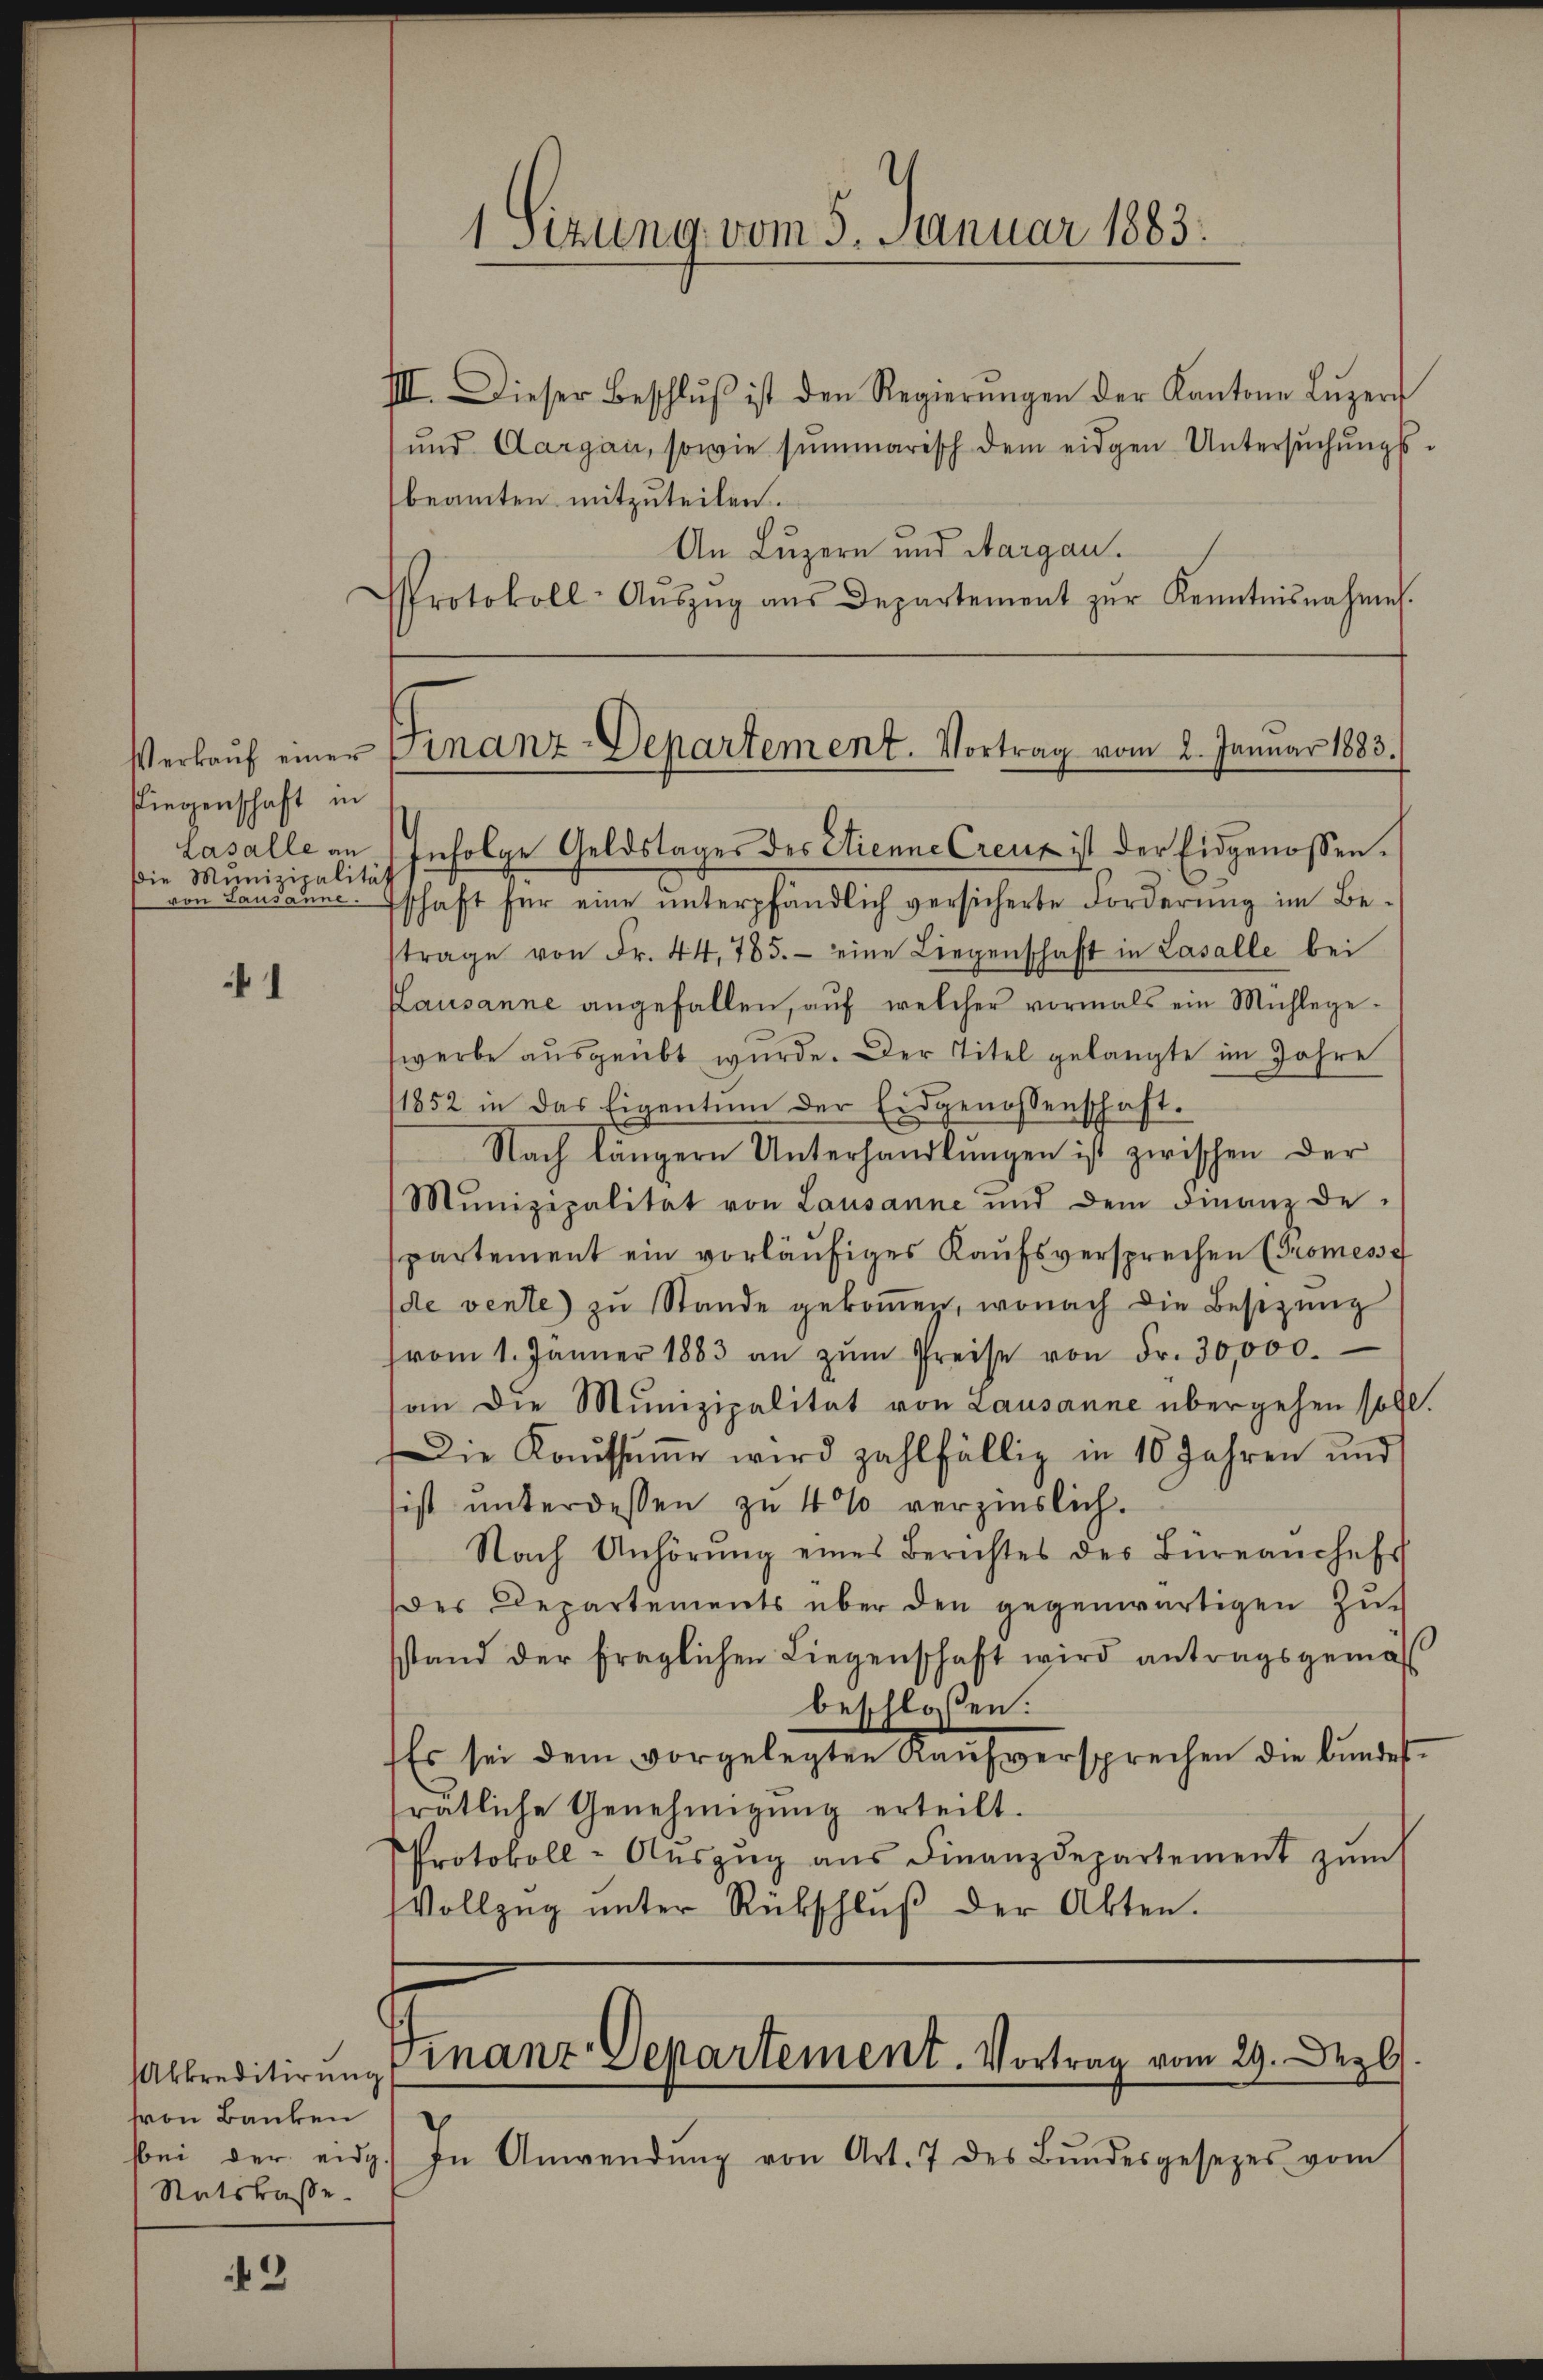
1sizung vom 5. Januar 1883.

III. Dieser Beschlŭβ ist den Regierŭngen der Kantone Lŭzer
und Aargau, sowie summarisch dem eidgen Untersŭchŭngs-
beamten mitzuteilen.
An Luzern und Margau.
Lasalle an Infolge Geldstages des Stienne Creuz ist der Eidgenossen.
von Lausanne. Eschaft für eine unterpfändlich versicherte Forderung im Betrage von Fr. 44. 785. eine Liegenschaft in Lasalle bei
Lausanne angefallen, aŭf welcher vormals ein Mühlege-
werbe ausgeübt wurde. Der Titel gelangte im Jahre
1852 in das Eigentum der Eidgenossenschaft.
Nach längern Unterhandlŭngen ist zwischen der
Munizipalität von Lausanne und dem Finanz de
spartement ein vorläufiges Kaufsversprechen (Promesse
de vente) zu Stande gekoṁen, wonach die Besizung
(vom 1. Jänner 1883 an zŭm Preise von Fr. 30,000.
an die Munizipalität von Lausanne übergehen soll.
Die Kaŭfsŭṁe wird zahlfällig in 10 Jahren und
sist unterdessen zu 4% verzinslich.
Nach Anhörŭng eines Berichtes des Büreaŭchefs
Der Departements über den gegenwärtigen Zusstand der fraglichen Liegenschaft wird antragsgemäs
beschlossen:
Es sei dem vorgelegten Kaufversprechen die bundet.
rätliche Genehmigŭng erteilt.
Protokoll-Auszug aus Finanzdepartement zum
Vollzŭg ŭnter Rükschlŭβ der Akten.

Protokoll-Aŭszŭg aŭs Departement zŭr Kenntnisnahme.

Verkaŭf einer Finanz-Departement. Vortrag vom 2. Januar 1883.

fliegenschaft in
Die Munizipalität

1

Finanz-Departement. Vortrag vom 29. Dez.

Akkreditirung
von Banken
Satskasse.

bei der eidg. In Anwendŭng von Art. 7 des Bŭndesgesetzes vom

3